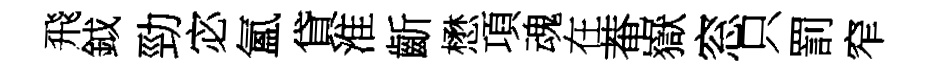
飛鉞勁宓氳貸淮齗懋項魂在菴嶽窓只罰窄